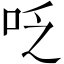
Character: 𠰏